Madras plague regulations in force outside the Presidency town - Volume 2
Disease focus: Plague
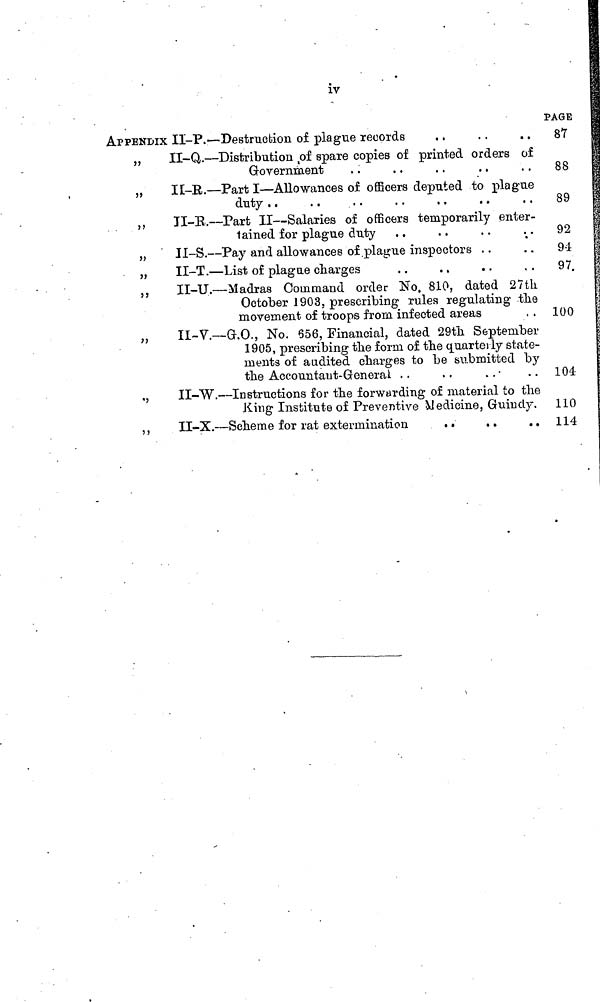
iv
APPENDIX
"
"
"
"
"
""''''''"
>
5
Il-P.— - Destruction of plague records
. .
. .
. .
II-Q. — Distribution of. spare copies of printed orders of
Government
IE-R. — Part I — Allowances of officers deputed to plague
duty . .
II-R. — Part II — Salaries of officers temporarily enter-
tained for plague duty
U-S. — Pay and allowances of .plague inspectors
II-T. — List of plague charges
II-U. — Madras Command order No. 810, dated 27th
October 1903, prescribing rules regulating the
movement of troops from infected areas
II- V.— G.O., No. 656, Financial, dated 29th September
1905, prescribing the form of the quarte ily state-
ments of audited charges to be submitted by
the Accountaut-Generai . .
II-W. — Instructions for the forwarding of material to the
King Institute of Preventive Medicine, Guiucly.
II-X. — Scheme for rat extermination
. .
. .
. .
PAGE
87
88
89
92
9-1
97.
100
104
110
114